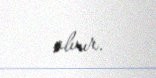
alınır.